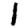
Digit: 1